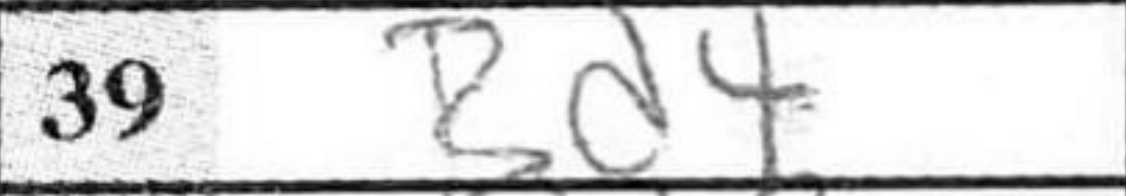
Transcription: Bd4